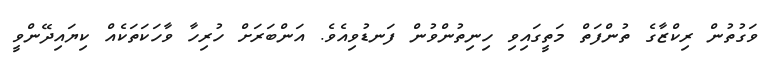
ވަގުތުން ރިކްޒާގެ ތުންފަތް މަތީގައިވި ހިނިތުންވުން ފަނޑުވިއެވެ. އަންބަރަށް ހުރިހާ ވާހަކަތަކެއް ކިޔައިދޭންވީ